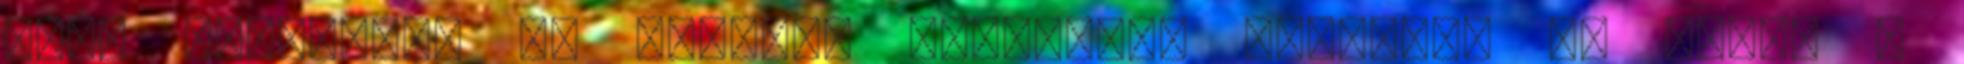
álló márkanév. Az oldalon megjelenő receptek és fotók a